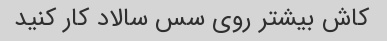
کاش بیشتر روی سس سالاد کار کنید